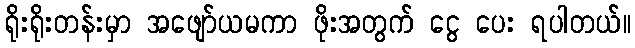
ရိုးရိုးတန်းမှာ အဖျော်ယမကာ ဖိုးအတွက် ငွေ ပေး ရပါတယ်။